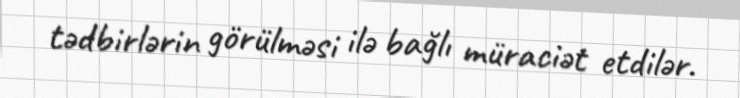
tədbirlərin görülməsi ilə bağlı müraciət etdilər.